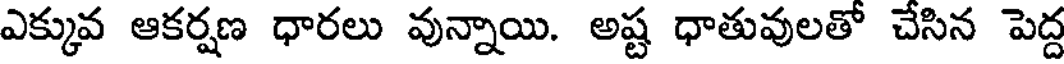
ఎక్కువ ఆకర్షణ ధారలు వున్నాయి. అష్ట ధాతువులతో చేసిన పెద్ద